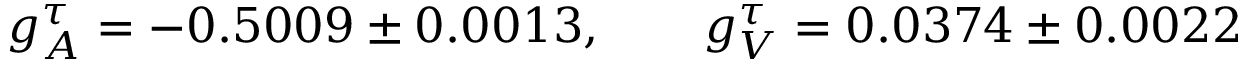
g _ { A } ^ { \tau } = - 0 . 5 0 0 9 \pm 0 . 0 0 1 3 , \qquad g _ { V } ^ { \tau } = 0 . 0 3 7 4 \pm 0 . 0 0 2 2